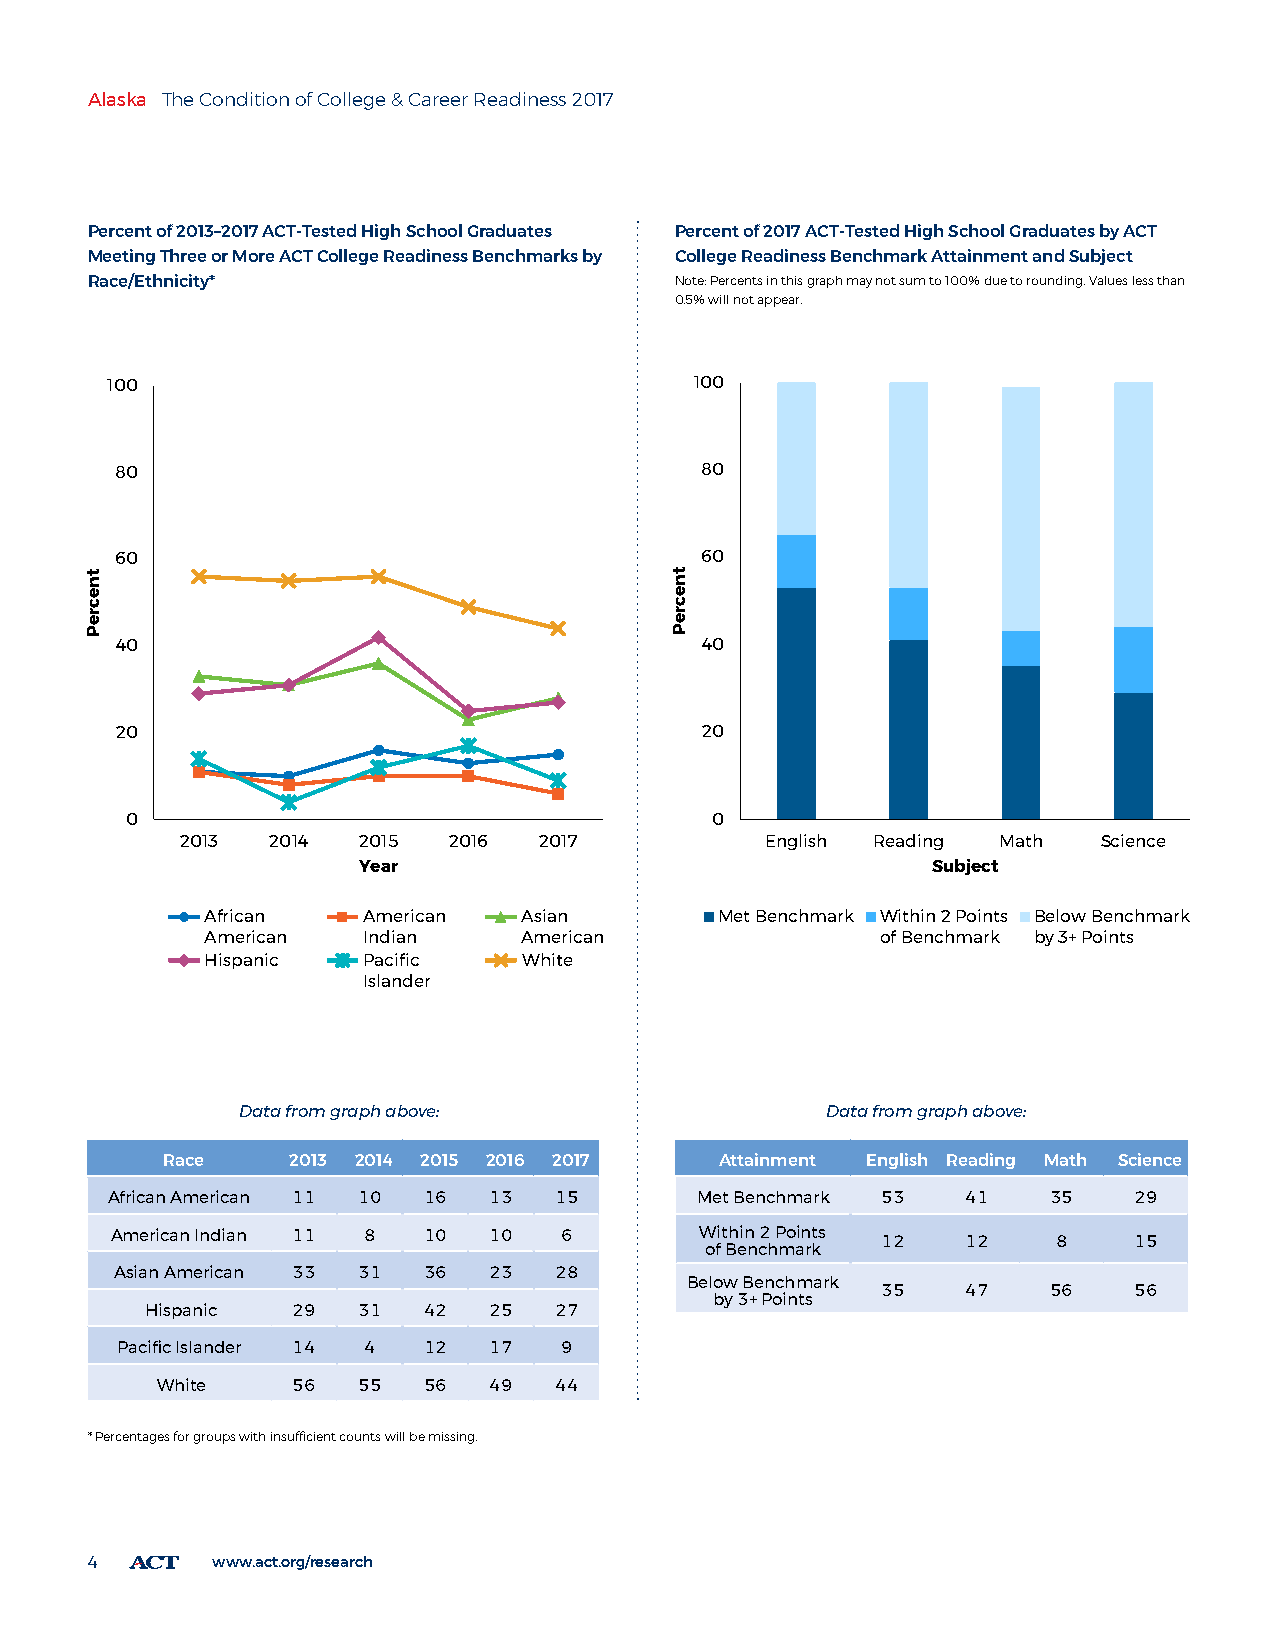
Alaska The Condition of College & Career Readiness 2017
 Percent of 2013–2017 ACT-Tested High School Graduates Percent of 2017 ACT-Tested High School Graduates by ACT
 Meeting Three or More ACT College Readiness Benchmarks by College Readiness Benchmark Attainment and Subject
 Race/Ethnicity*                        Note: Percents in this graph may not sum to 100% due to rounding. Values less than
 0.5% will not appear.
 100                                    100
 100
 80                                    80
 80
 60                                    60
 60
 40                                    40                                            40
 20                                    20                                            20
 0                                      0                                             0
 2013  2014  2015  2016  2017           English Reading Math  Science                2013  2014  2015  2016  2017
 Year                                  Subject                                       Year
 African   American   Asian        Met Benchmark Within 2 Points Below Benchmark       Alaska Students Attaining 0 CRBs
 American  Indian     American               of Benchmark by 3+ Points                 Alaska Students Attaining 3 or 4 CRBs
 Hispanic  Pacific    White
 National Students Attaining 0 CRBs
 Islander
 National Students Attaining 3 or 4 CRBs
 Data from graph above:                 Data from graph above:
 Race    2013 2014 2015 2016 2017     Attainment English Reading Math Science
 African American 11 10 16 13  15       Met Benchmark 53  41   35    29
 American Indian 11 8 10  10   6        Within 2 Points 12 12   8    15
 of Benchmark
 Asian American 33 31 36 23   28
 Below Benchmark
 35    47   56    56
 by 3+ Points
 Hispanic 29   31  42  25   27
 Pacific Islander 14 4 12 17  9
 White    56   55  56  49   44
 * Percentages for groups with insufficient counts will be missing.
 4       www.act.org/research
 tnecreP                                tnecreP
 tnecreP